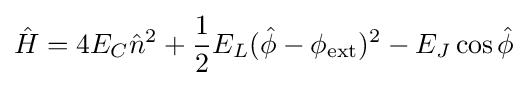
{\hat {H}}=4E_{C}{\hat {n}}^{2}+{\frac {1}{2}}E_{L}({\hat {\phi }}-\phi _{\mathrm {ext} })^{2}-E_{J}\cos {\hat {\phi }}